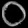
Digit: ၀